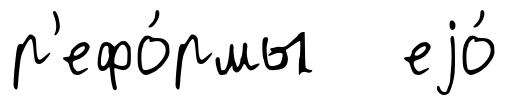
р'ефо́рмы еjо́